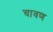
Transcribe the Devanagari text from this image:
चावण